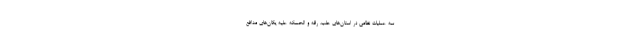
سه عملیات نظامی در استان‌های حلب، رقه و الحسکه علیه یگان‌های مدافع